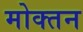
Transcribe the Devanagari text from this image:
मोक्तन